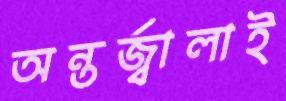
অন্তর্জ্বালাই